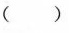
()